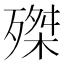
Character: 𣩊